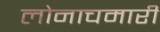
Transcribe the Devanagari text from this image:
लोनाचमारी